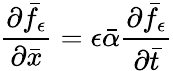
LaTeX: \frac{\partial\bar{f}_{\epsilon}}{\partial\bar{x}}=\epsilon\bar{\alpha}\frac{\partial\bar{f}_{\epsilon}}{\partial\bar{t}}